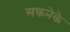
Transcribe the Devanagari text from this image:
सकनेके